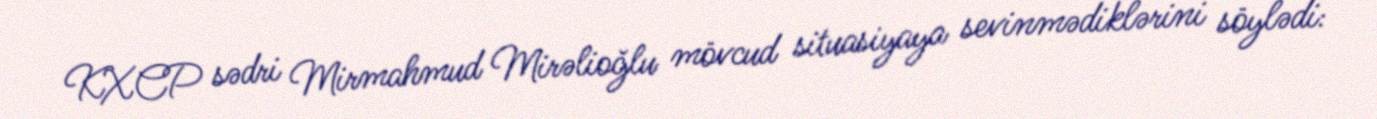
KXCP sədri Mirmahmud Mirəlioğlu mövcud situasiyaya sevinmədiklərini söylədi: